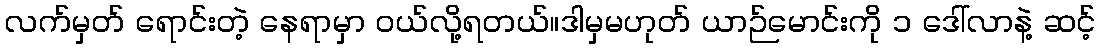
လက်မှတ် ရောင်းတဲ့ နေရာမှာ ဝယ်လို့ရတယ်။ဒါမှမဟုတ် ယာဉ်မောင်းကို ၁ ဒေါ်လာနဲ့ ဆင့်